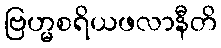
ဗြဟ္မစရိယဖလာနီတိ